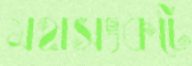
মহাসংকটে